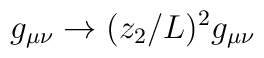
g_{\mu \nu} \to (z_2/L)^2g_{\mu \nu}